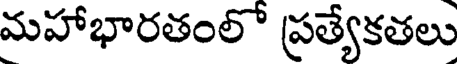
మహాభారతంలో ప్రత్యేకతలు